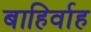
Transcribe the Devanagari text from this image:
बाहिर्वाह